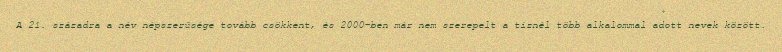
A 21. századra a név népszerűsége tovább csökkent, és 2000-ben már nem szerepelt a tíznél több alkalommal adott nevek között.